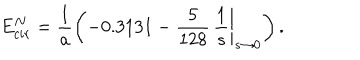
LaTeX: E _ { c i r } ^ { N } = \frac { 1 } { a } \left( - 0 . 3 1 3 1 - \left. \frac { 5 } { 1 2 8 } \, \frac { 1 } { s } \right| _ { s \to 0 } \right) .